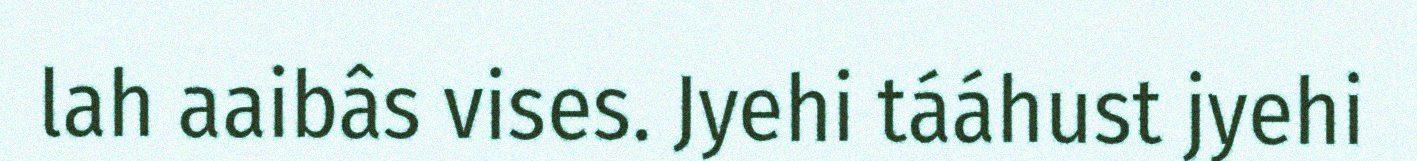
lah aaibâs vises. Jyehi tááhust jyehi